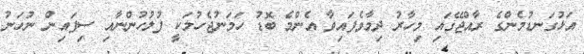
އަޅުގަނޑުމެންގެ ރާއްޖޭގައި މިހާރު ދިމާވެފައިވާ އެންމެ ބޮޑު ހަމަނުޖެހުމަކީ ފުލުހުންނާއި ސިފައިން ނުހަނު